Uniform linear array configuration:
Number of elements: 4
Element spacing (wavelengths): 0.5
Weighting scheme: binomial
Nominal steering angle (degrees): -15
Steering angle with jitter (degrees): -13.961
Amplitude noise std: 0.05
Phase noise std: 0.05

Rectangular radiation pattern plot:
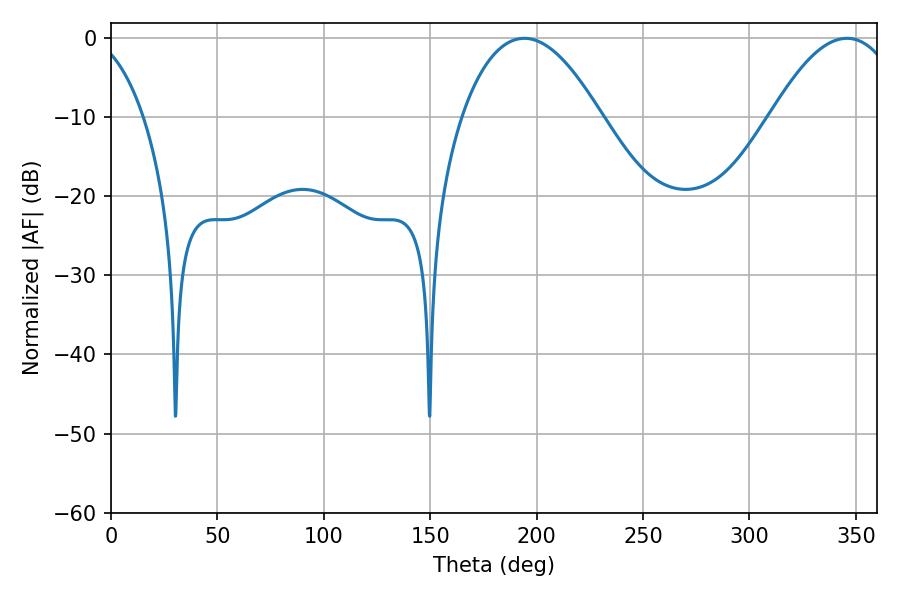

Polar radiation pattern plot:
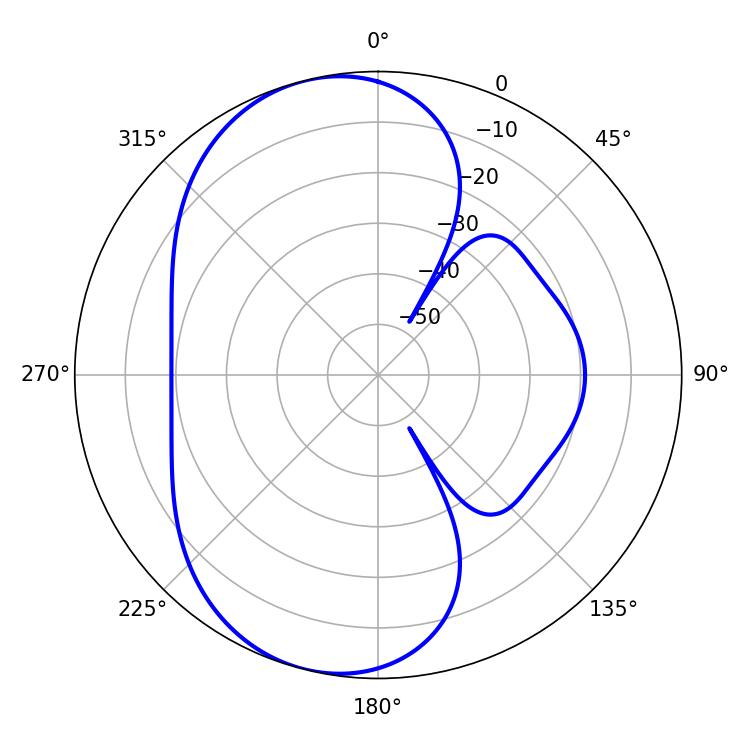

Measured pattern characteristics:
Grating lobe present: FALSE
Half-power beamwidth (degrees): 36.18
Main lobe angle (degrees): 194.22